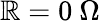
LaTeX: \mathbb{R}=0~\Omega